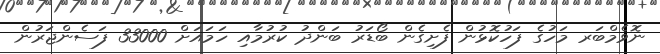
ނޮވެމްބަރ މަހުގެ ފަހުކޮޅުން ފެށިގެން ބޯޑަރު ބަންދު ކުރުމާއި ހަމައަށް 33000 ފަސެންޖަރުން